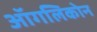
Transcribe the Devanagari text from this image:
ऑगलिकोन